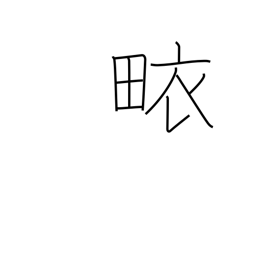
Meaning: surplice